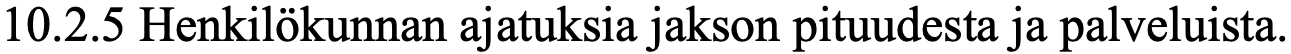
10.2.5 Henkilökunnan ajatuksia jakson pituudesta ja palveluista.